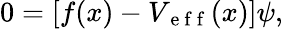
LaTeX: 0=\left[f(x)-V_{\mathrm{~e~f~f~}}(x)\right]\psi,